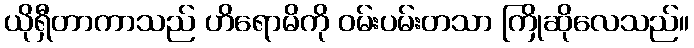
ယိုရှီတာကာသည် ဟိရောမိကို ဝမ်းပမ်းတသာ ကြိုဆိုလေသည်။